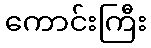
ကောင်းကြီး